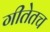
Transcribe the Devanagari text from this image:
गीतेतच